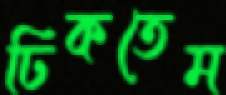
ঢিকতেম